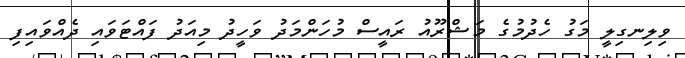
ވިލިނގިލީ މަގު ހެދުމުގެ މަޝްރޫއު ރައީސް މުހަންމަދު ވަހީދު މިއަދު ފައްޓަވައި ދެއްވައިފި